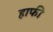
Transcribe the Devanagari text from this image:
हाफी